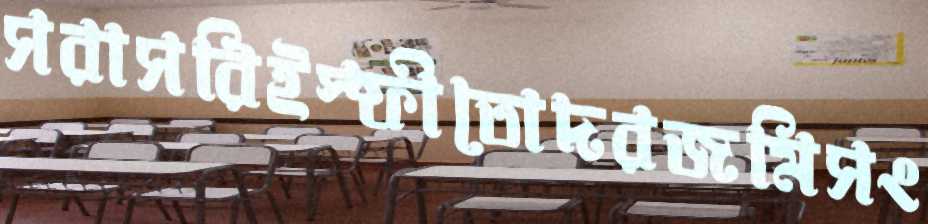
সরাসরিইস্ফীতোদরজমিসং